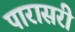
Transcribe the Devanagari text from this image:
पारासरी